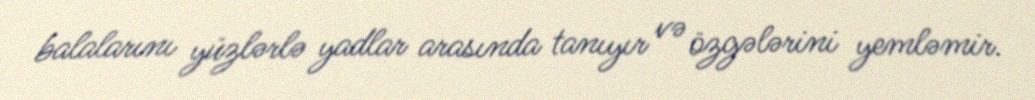
balalarını yüzlərlə yadlar arasında tanıyır və özgələrini yemləmir.